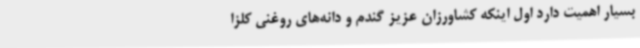
بسیار اهمیت دارد اول اینکه کشاورزان عزیز گندم و دانه‌های روغنی کلزا